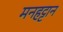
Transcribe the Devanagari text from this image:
मनहट्टान